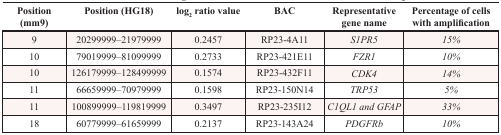
<table><thead><tr><td><b>Position (mm9)</b></td><td><b>Position (HG18)</b></td><td><b>log<sub>2</sub> ratio value</b></td><td><b>BAC</b></td><td><b>Representative gene name</b></td><td><b>Percentage of cells with amplification</b></td></tr></thead><tbody><tr><td>9</td><td>20299999–21979999</td><td>0.2457</td><td>RP23-4A11</td><td><i>S1PR5</i></td><td><i>15%</i></td></tr><tr><td>10</td><td>79019999–81099999</td><td>0.2733</td><td>RP23-421E11</td><td><i>FZR1</i></td><td><i>10%</i></td></tr><tr><td>10</td><td>126179999–128499999</td><td>0.1574</td><td>RP23-432F11</td><td><i>CDK4</i></td><td><i>14%</i></td></tr><tr><td>11</td><td>66659999–70979999</td><td>0.1598</td><td>RP23-150N14</td><td><i>TRP53</i></td><td><i>5%</i></td></tr><tr><td>11</td><td>100899999–119819999</td><td>0.3497</td><td>RP23-235I12</td><td><i>C1QL1 and GFAP</i></td><td><i>33%</i></td></tr><tr><td>18</td><td>60779999–61659999</td><td>0.2137</td><td>RP23-143A24</td><td><i>PDGFRb</i></td><td><i>10%</i></td></tr></tbody></table>